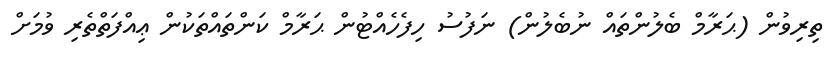
ތިރިވުން (ޙަރާމް ބެލުންތައް ނުބެލުން) ނަފުސު ހިފެހެއްޓުން ޙަރާމް ކަންތައްތަކުން ޢިއްފަތްތެރި ވުމަށް